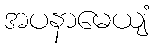
အပနာမေယျံ